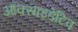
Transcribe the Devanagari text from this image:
ऑक्साइडेटिव